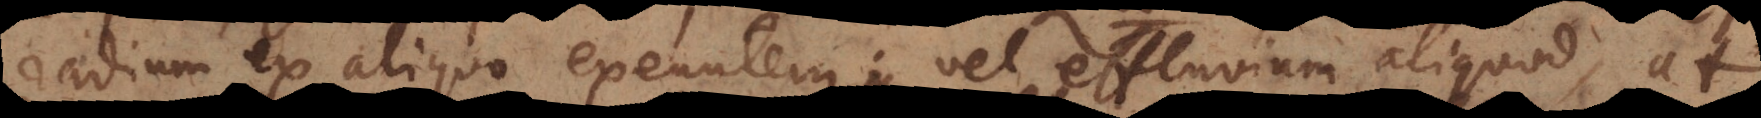
radium ex aliquo exeuntem vel effluvium aliquod, at